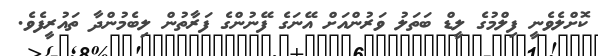
ކޮށްލެވެނީ ފިލްމުގެ ލީޑް ބަތަލު ވަރުންއަށް އޭނަގެ ފޭނުންގެ ފަރާތުން ލިބެމުންދާ ތައުރީފެވެ.